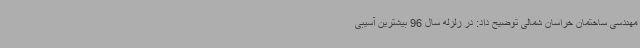
مهندسی ساختمان خراسان شمالی توضیح داد: در زلزله سال 96 بیشترین آسیبی